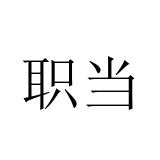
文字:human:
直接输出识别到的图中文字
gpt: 职当